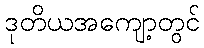
ဒုတိယအကျော့တွင်